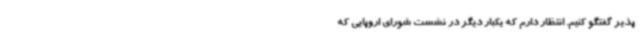
پذیر گفتگو کنیم. انتظار دارم که یکبار دیگر در نشست شورای اروپایی که